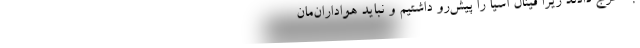
به خرج دادند زیرا فینال آسیا را پیش‌رو داشتیم و نباید هواداران‌مان